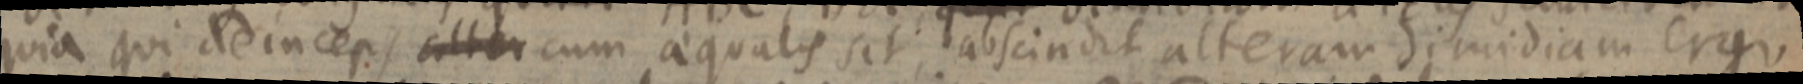
quia qui deinceps alter cum aequalis sit, abscindet alteram dimidiam ergo